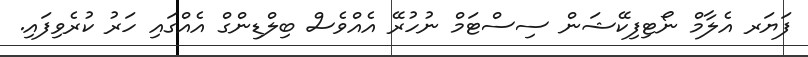
ފަޔަރ އެލާމް ނޯޓިފިކޭޝަން ސިސްޓަމް ނުހުރޭ އެއްވެސް ބިލްޑިންގް އެއްގައި ހަރު ކުރެވިފައި.